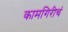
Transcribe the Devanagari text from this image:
कामगिरीचं